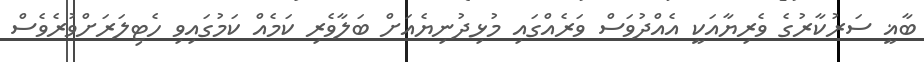
ބާޣީ ސަރުކާރުގެ ވެރިޔާއަކީ އެއްދުވަސް ވަރެއްގައި މުޅިދުނިޔެއަށް ބަލާވެރި ކަމެއް ކަމުގައިވި ހެޓިލަރަށްވުރެވެސް